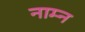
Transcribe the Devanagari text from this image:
नाम्न